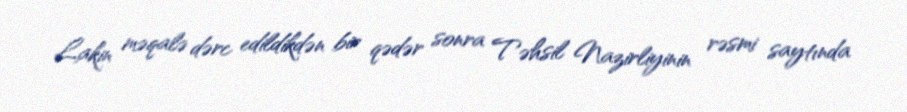
Lakin məqalə dərc edildikdən bir qədər sonra Təhsil Nazirliyinin rəsmi saytında